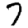
Digit: 7